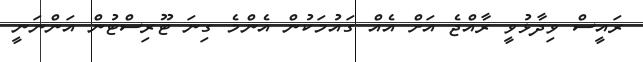
ރައީސް ވިދާޅުވީ ރާއްޖެ އަށް އެއް ގައުމަކުން އެންމެ ގިނަ ޓޫރިސްޓުން އަންނަނީ